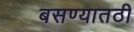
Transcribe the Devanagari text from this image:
बसण्यातठी